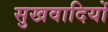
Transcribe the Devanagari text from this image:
सुखवादियों